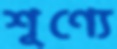
শূণ্যে